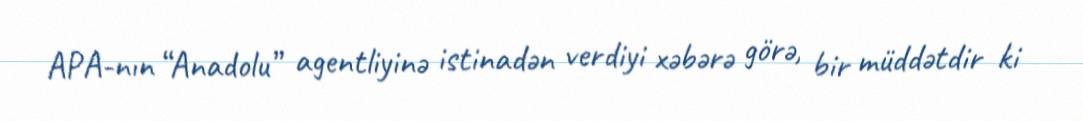
APA-nın “Anadolu” agentliyinə istinadən verdiyi xəbərə görə, bir müddətdir ki